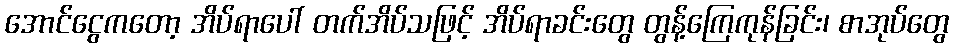
အောင်ငွေကတော့ အိပ်ရာပေါ် တက်အိပ်သဖြင့် အိပ်ရာခင်းတွေ တွန့်ကြေကုန်ခြင်း၊ စာအုပ်တွေ